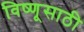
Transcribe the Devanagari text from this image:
विष्णूसाठी